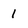
Character: 1